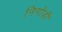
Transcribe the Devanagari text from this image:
निगोडी